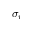
\sigma _ { r }